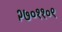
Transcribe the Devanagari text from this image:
२७०११०९